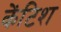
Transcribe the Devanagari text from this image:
केंटिश